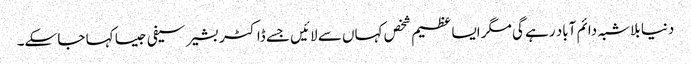
دنیا بلاشبہ دائم آباد رہے گی مگر ایسا عظیم شخص کہاں سے لائیں جسے ڈاکٹر بشیر سیفی جیسا کہا جا سکے۔